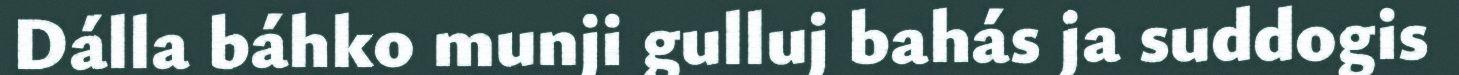
Dálla báhko munji gulluj bahás ja suddogis